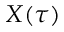
X ( \tau )